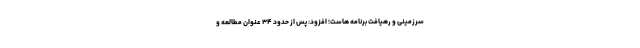
سرزمینی و رهیافت برنامه هاست؛ افزود: پس از حدود ۳۴ عنوان مطالعه و